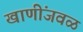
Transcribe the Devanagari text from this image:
खाणींजवळ